Indian journal of veterinary science and animal husbandry - Volumes 15-17, 1948-1951
Year: 1948
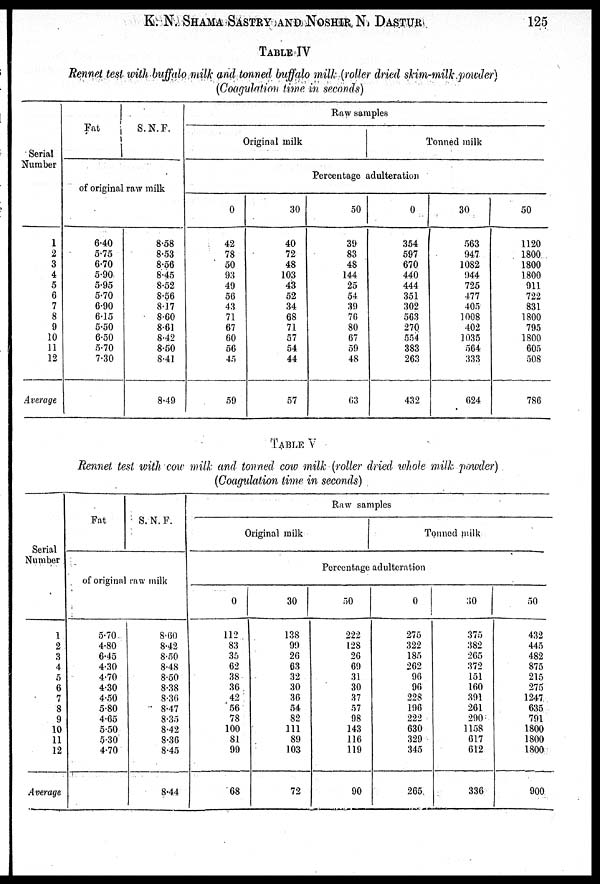
K. N. SHAMA SASTRY AND NOSHIR,
N.
DASTUR
125
TABLE IV
Rennet test with buffalo milk and tanned buffalo milk (roller dried skim-milk powder)
(Coagulation time in seconds)
Serial
Number
1
2
3
4
5
6
7
8
9
10
11
12
Average
Fat
S.N.F.
of original raw milk
6.40
5.75
6.70
5.90
5.95
5.70
6.90
6.15
5.50
6.50
5.70
7.30
8.58
8.53
8.56
8.45
8.52
8.56
8.17
8.60
8.61
842
8.50
8.41
8.49
Raw samples
Original milk
Tonned milk
Percentage adulteration
0
42
78
50
93
49
56
43
71
67
60
56
45
59
30
40
72
48
103
43
52
34
68
71
57
54
44
57
50
39
83
48
144
25
54
39
76
80
67
59
48
63
0
354
597
670
440
444
351
302
563
270
554
383
263
432
30
563
947
1082
944
725
477
405
1008
402
1035
564
333
624
50
1120
1800
1800
1800
911
722
831
1800
795
1800
605
508
786
TABLE V
Rennet test with cow milk and tonned cow milk (roller dried whole milk powder)
(Coagulation time in seconds)
Serial
Number
1
2
3
4
5
6
7
8
9
10
11
12
Average
Fat
S.N.F.
of original raw milk
5.70
4.80
6.45
4.30
4.70
4.30
4.50
5.80
4.65
5.50
5.30
4.70
8.60
8.42
8.50
8.48
8.50
8.38
8.36
8.47
8.35
8.42
8.36
8.45
8.44
Raw samples
Original milk
Tonned milk
Percentage adulteration
0
112
83
35
62
38
36
42
56
78
100
81
99
68
30
138
99
26
63
32
30
36
54
82
111
89
103
72
50
222
128
26
69
31
30
37
57
98
143
116
119
90
0
275
322
185
262
96
96
228
196
222
630
329
345
265
30
375
382
265
372
151
160
391
261
290
1158
617
612
336
50
432
445
482
875
215
275
1247
635
791
1800
1800
1800
900